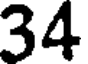
34